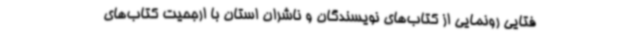
فتایی رونمایی از کتاب‌های نویسندگان و ناشران استان با ارجحیت کتاب‌های